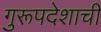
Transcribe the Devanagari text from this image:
गुरूपदेशाची